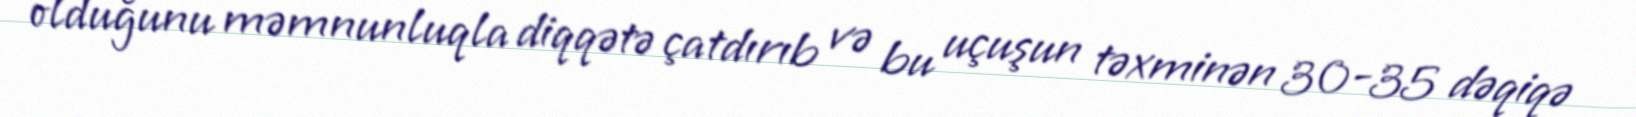
olduğunu məmnunluqla diqqətə çatdırıb və bu uçuşun təxminən 30-35 dəqiqə